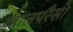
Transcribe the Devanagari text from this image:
व्हालपरैसो